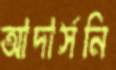
আদার্সনি